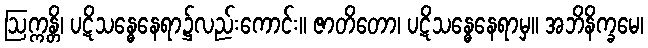
ဩက္ကန္တိ၊ ပဋိသန္ဓေနေရာ၌လည်းကောင်း။ ဇာတိတော၊ ပဋိသန္ဓေနေရာမှ။ အဘိနိက္ခမေ၊